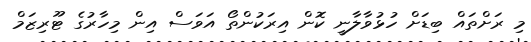
މި ރަށްތައް ބިޑަށް ހުޅުވާލާނީ ކޮން އިރަކުންތޯ އަވަސް އިން މިހާރުގެ ޓޫރިޒަމް